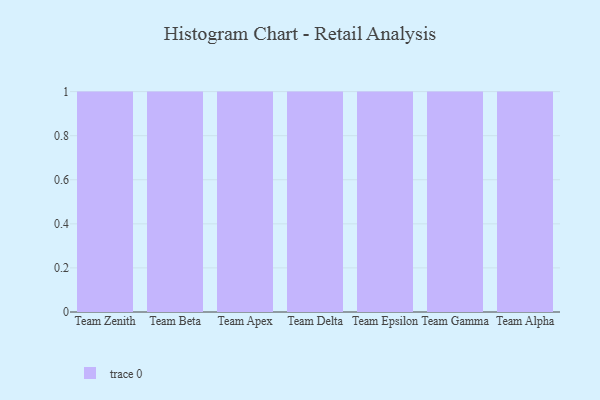
{"axis": {"x": "Team", "y": "Temperature (°C)"}, "legend": [""], "data": [{"x": "Team Zenith", "y": 80, "type": ""}, {"x": "Team Beta", "y": 97, "type": ""}, {"x": "Team Apex", "y": 26, "type": ""}, {"x": "Team Delta", "y": 26, "type": ""}, {"x": "Team Epsilon", "y": 60, "type": ""}, {"x": "Team Gamma", "y": 48, "type": ""}, {"x": "Team Alpha", "y": 69, "type": ""}]}